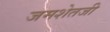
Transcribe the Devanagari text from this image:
जमशेतजी